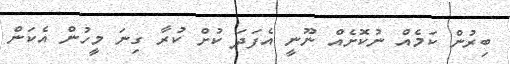
ބިރުން ކަމެއް ނުކޮށެއް ނޫނީ އެފަދަ ކުށް ކުރާ ގިނަ މީހުން އެކަން